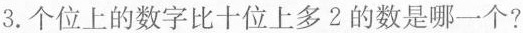
3. 个位上的数字比十位上多2的数是哪一个?